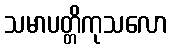
သမာပတ္တိကုသလော